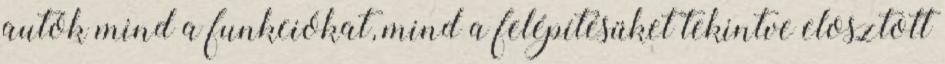
autók mind a funkciókat, mind a felépítésüket tekintve elosztott